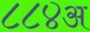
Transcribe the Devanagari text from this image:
८८४अ